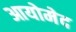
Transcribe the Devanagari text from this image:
आयोमेद